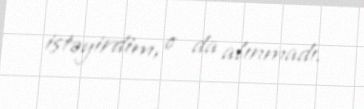
istəyirdim, o da alınmadı.